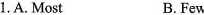
1.A. Most B.Few